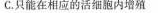
C.只能在相应的活细胞内增殖